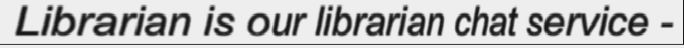
Librarian is our librarian chat service -